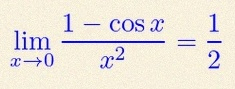
\lim_{x\to0}\frac{1-\cos x}{x^2}=\frac12